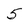
Character: 5